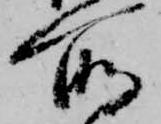
所